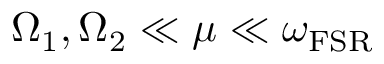
\Omega _ { 1 } , \Omega _ { 2 } \ll \mu \ll \omega _ { \mathrm { F S R } }